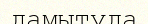
дамытуда